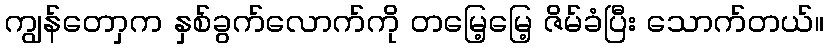
ကျွန်တောှက နှစ်ခွက်လောက်ကို တမြေ့မြေ့ ဇိမ်ခံပြီး သောက်တယ်။